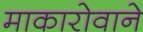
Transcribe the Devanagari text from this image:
माकारोवाने